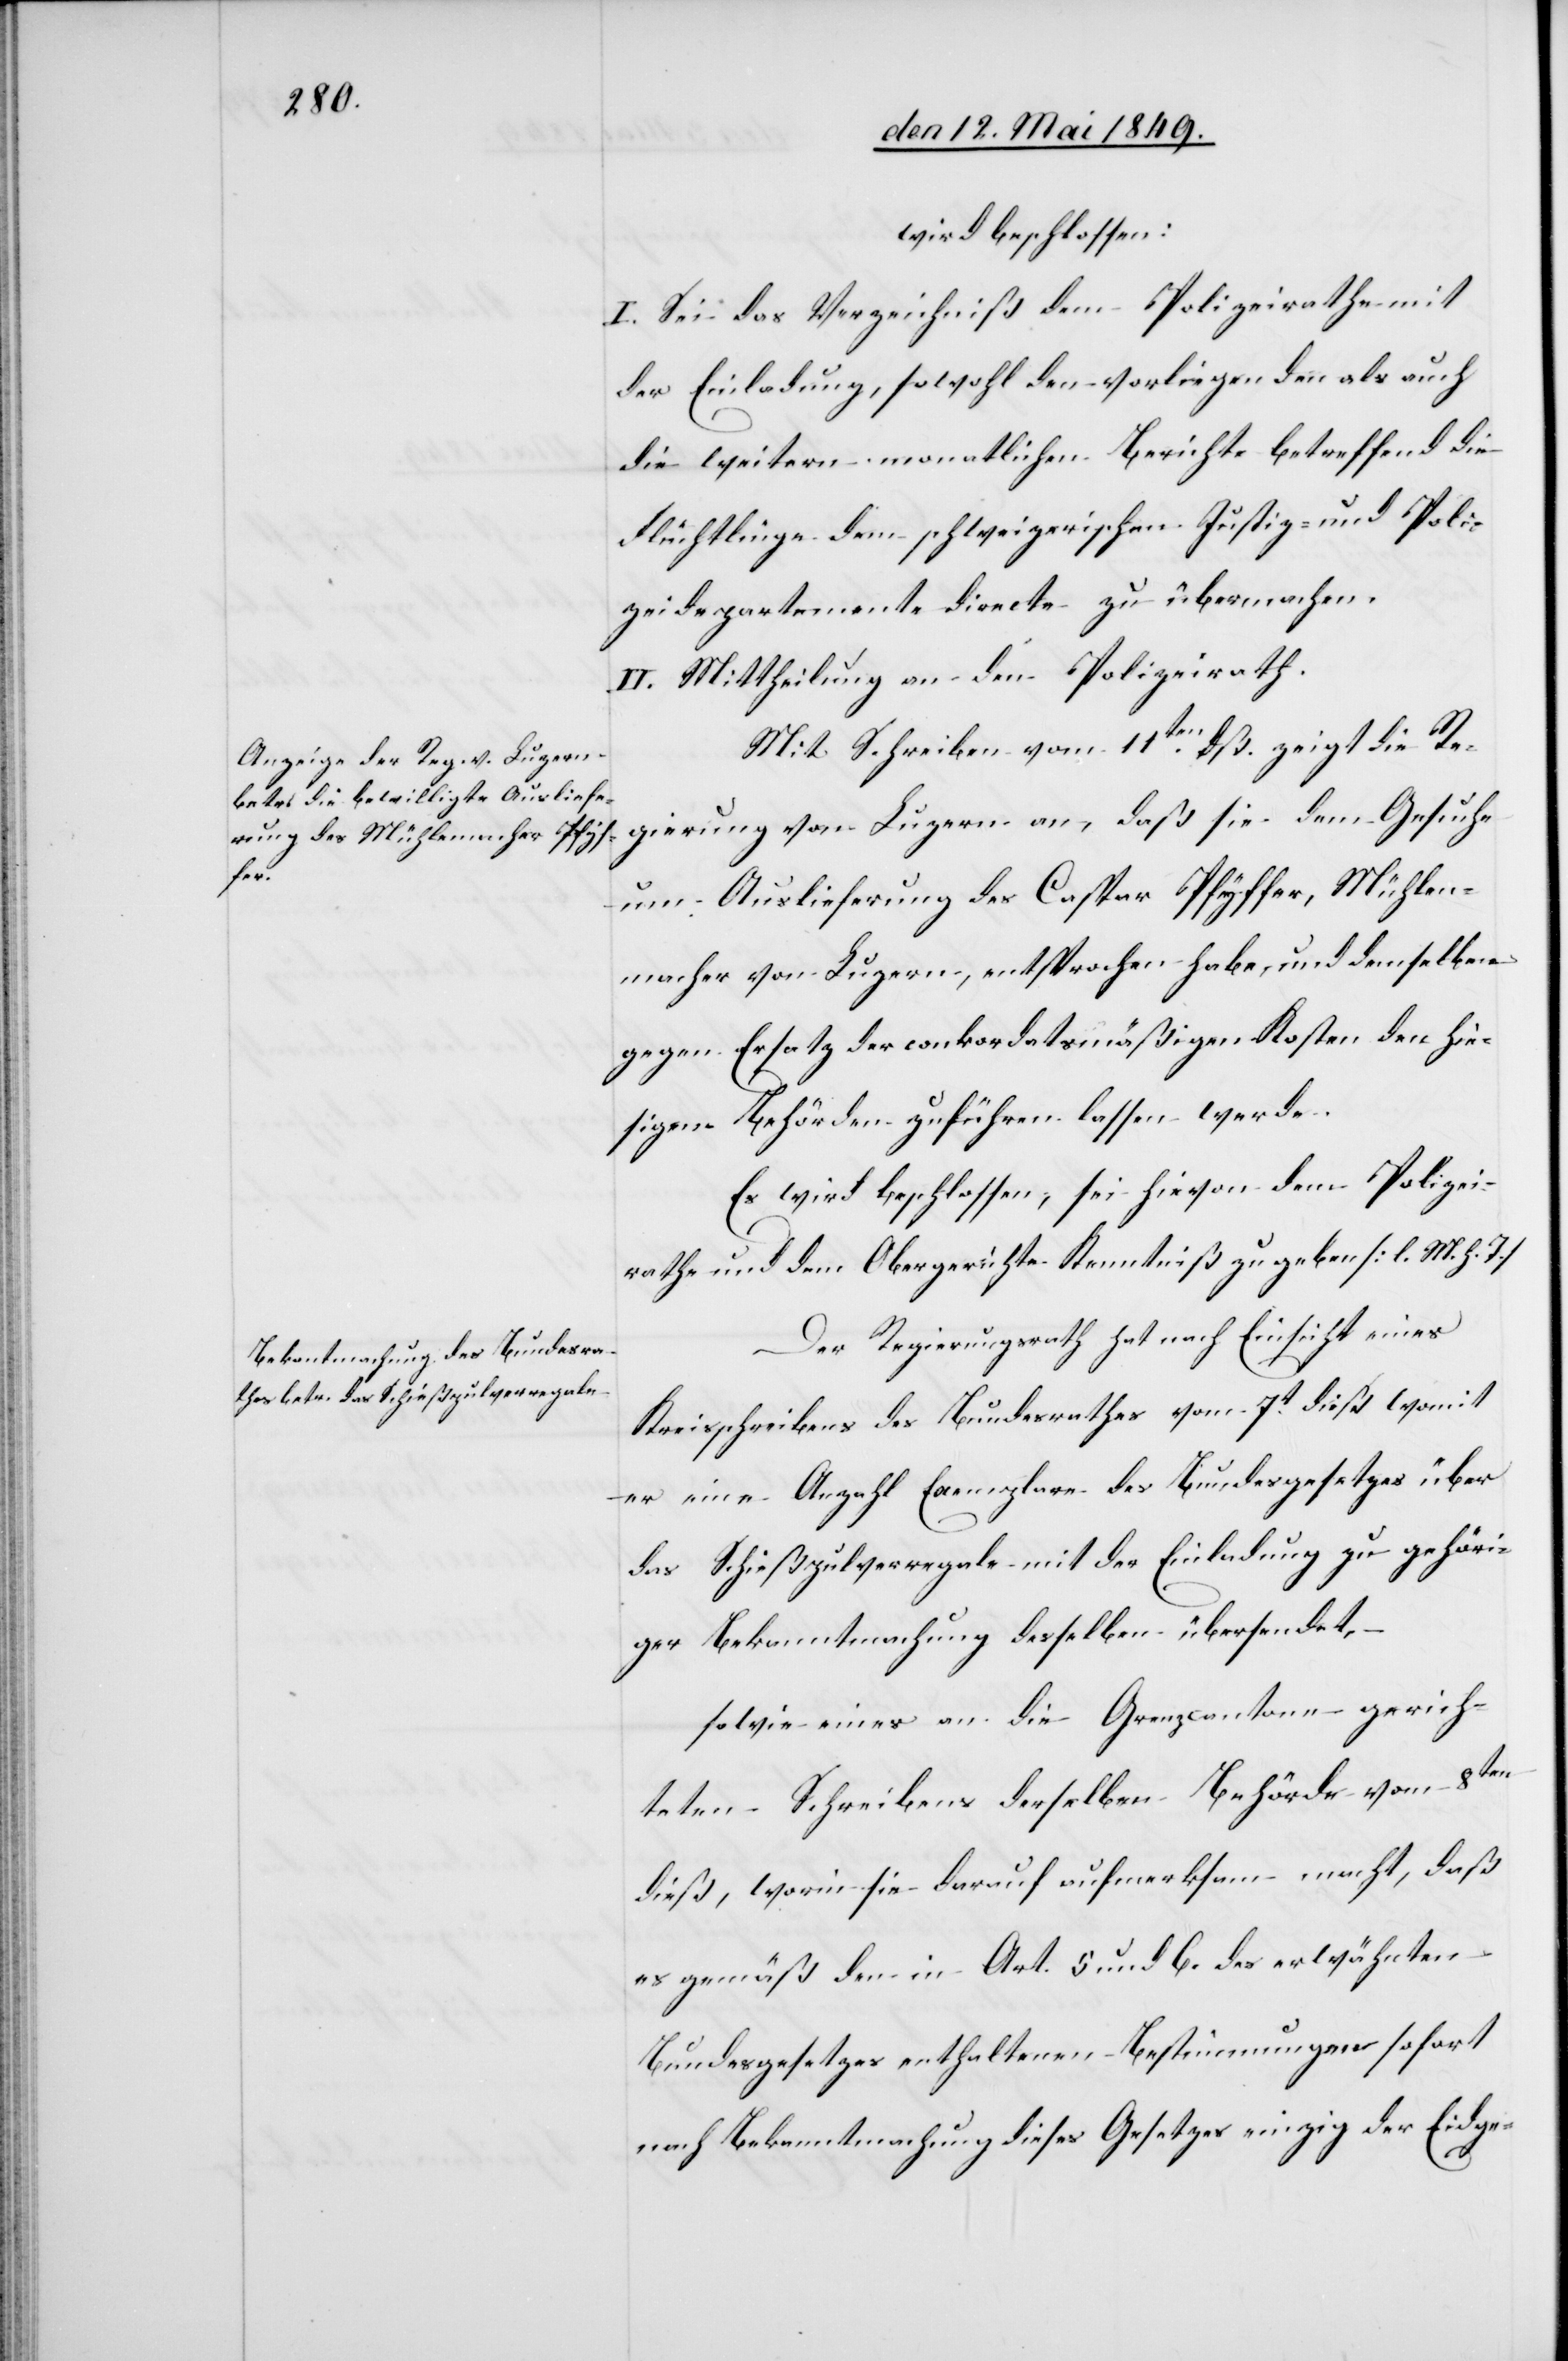
wird beschlossen:
I. Sei das Verzeichniß dem Polizeirathe mit
der Einladung, sowohl den vorliegenden als auch
die weitern monatlichen Berichte betreffend die
Flüchtlinge dem schweizerischen Justiz- und Poli¬
zeidepartemente directe zu übermachen.
II. Mittheilung an den Polizeirath.
Mit Schreiben vom 11ten dß. zeigt die Re¬
gierung von Luzern an, daß sie dem Gesuche
um Auslieferung des Caspar Pfyffer, Mühlen¬
macher von Luzern, entsprochen habe, und demselben
gegen Ersatz der conkordatsmäßigen Kosten den hie¬
sigen Behörden zuführen lassen werde.
Es wird beschlossen, sei hievon dem Polizei¬
rathe und dem Obergerichte Kenntniß zu geben [l. M. h.
Der Regierungsrath hat nach Einsicht eines
Kreisschreibens des Bundesrathes vom 7t dieß womit
er eine Anzahl Exemplare des Bundesgesetzes über
das Schießpulverregale mit der Einladung zu gehöri¬
ger Bekanntmachung desselben übersendet,
sowie eines an die Grenzcantone gerich¬
teten Schreibens derselben Behörde vom 8ten
dieß, worin sie darauf aufmerksam macht, daß
es gemäß dem in Art. 5. und 6. des erwähnten
Bundesgesetzes enthaltenen Bestimmungen sofort
nach Bekanntmachung dieses Gesetzes einzig der Eidge-